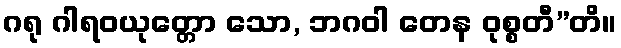
ဂရု ဂါရဝယုတ္တော သော, ဘဂဝါ တေန ဝုစ္စတီ”တိ။